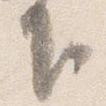
下